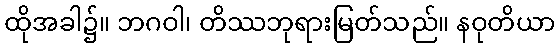
ထိုအခါ၌။ ဘဂဝါ၊ တိဿဘုရားမြတ်သည်။ နဝုတိယာ